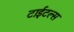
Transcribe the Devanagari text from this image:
टाईटल्स